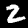
Digit: 2